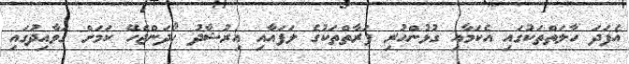
އެފަދަ ހާލަތްތަކުގައި އެކަމާއި ގުޅުންހުރި ފަރާތްތަކުގެ ލަފައާއި އިރުޝާދު ހޯދަންޖެހޭ ކަމަށް ގަވާއިދުގައި